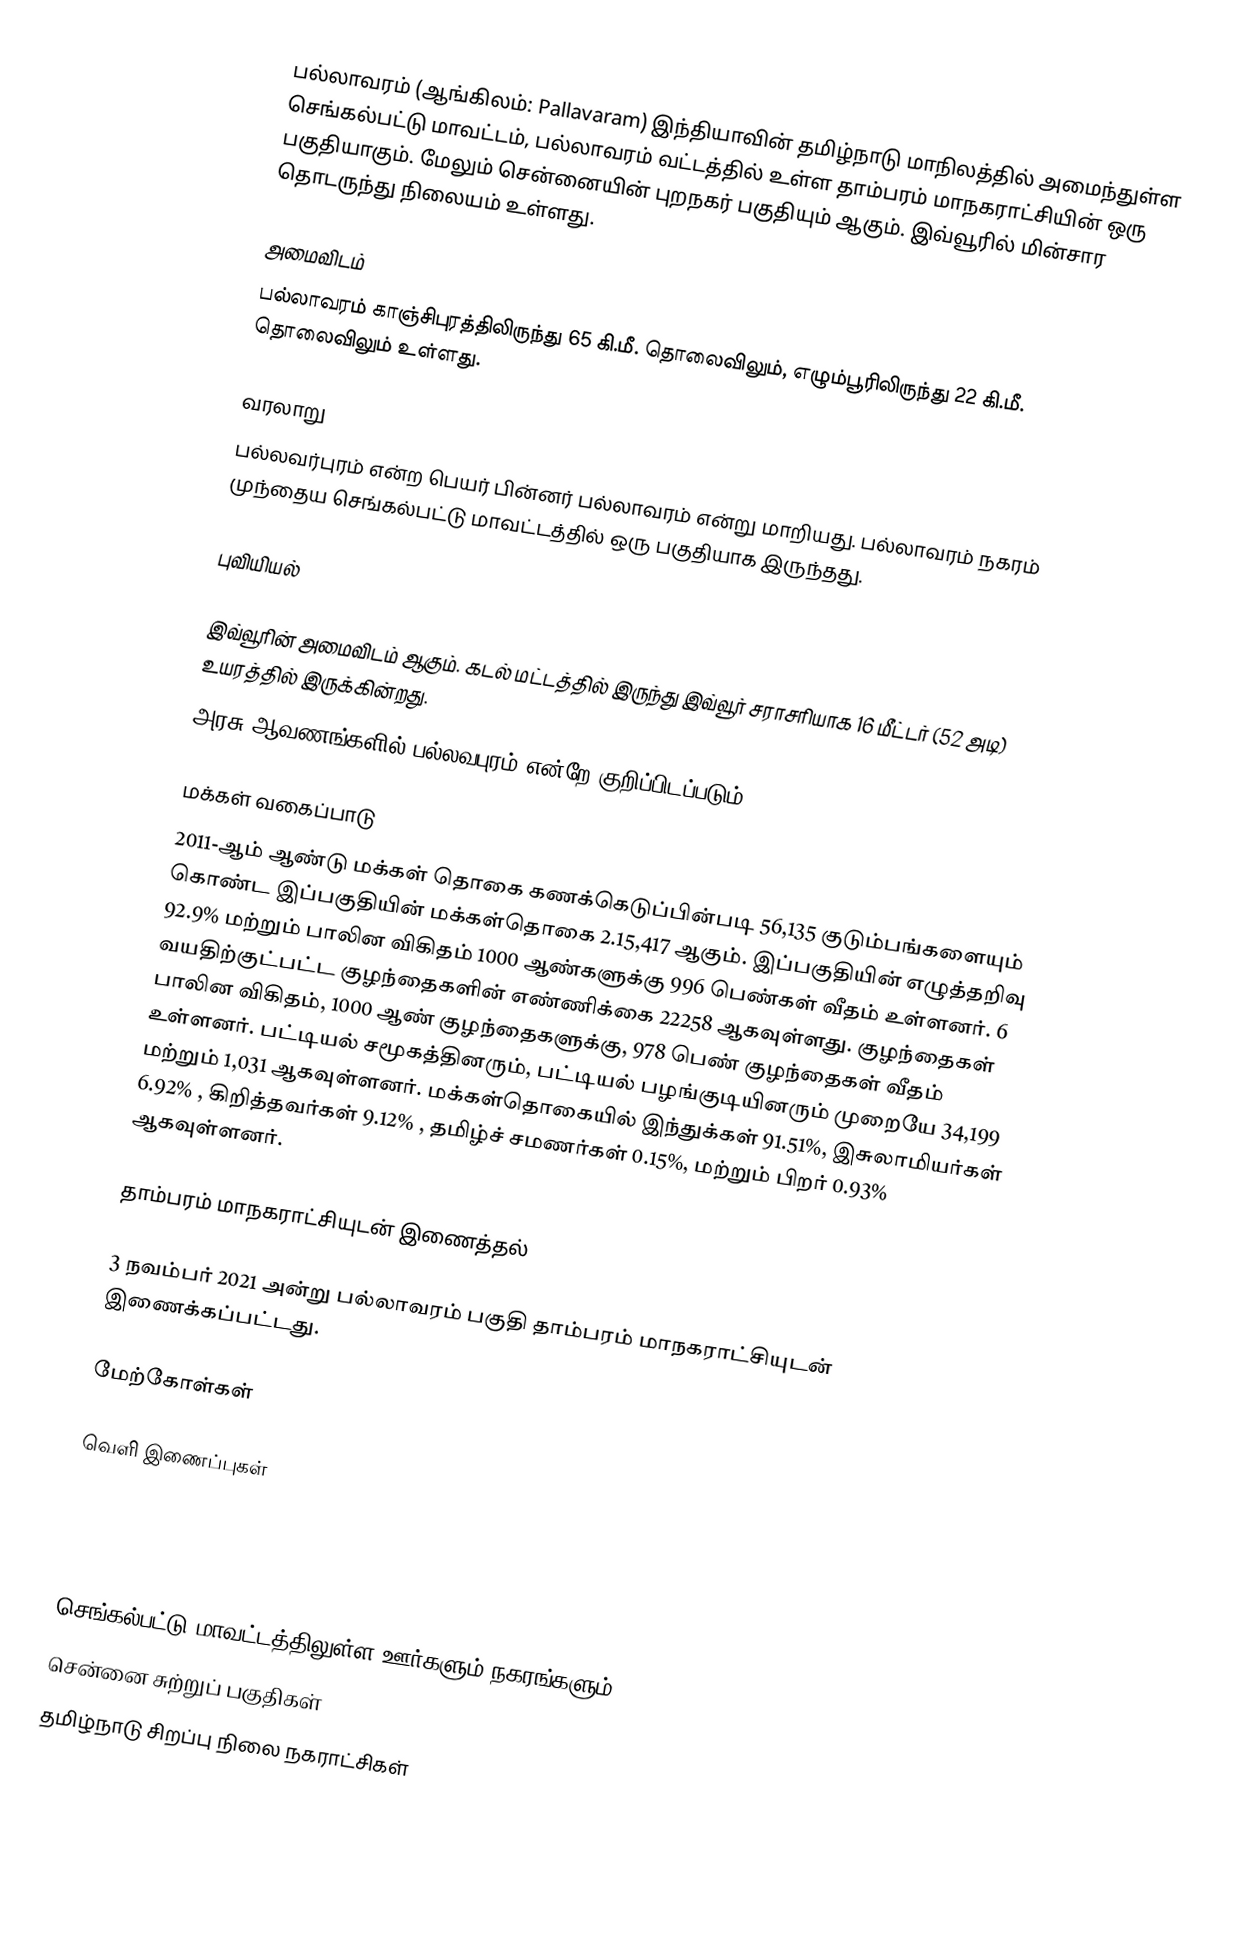
பல்லாவரம் (ஆங்கிலம்: Pallavaram) இந்தியாவின் தமிழ்நாடு மாநிலத்தில் அமைந்துள்ள  செங்கல்பட்டு மாவட்டம், பல்லாவரம் வட்டத்தில் உள்ள தாம்பரம் மாநகராட்சியின் ஒரு பகுதியாகும். மேலும் சென்னையின் புறநகர் பகுதியும் ஆகும். இவ்வூரில் மின்சார தொடருந்து நிலையம் உள்ளது.

அமைவிடம்
பல்லாவரம் காஞ்சிபுரத்திலிருந்து 65 கி.மீ. தொலைவிலும், எழும்பூரிலிருந்து 22 கி.மீ. தொலைவிலும் உள்ளது.

வரலாறு
பல்லவர்புரம் என்ற பெயர் பின்னர் பல்லாவரம் என்று மாறியது. பல்லாவரம் நகரம் முந்தைய செங்கல்பட்டு மாவட்டத்தில் ஒரு பகுதியாக இருந்தது.

புவியியல்

இவ்வூரின் அமைவிடம்  ஆகும். கடல் மட்டத்தில் இருந்து இவ்வூர் சராசரியாக 16 மீட்டர் (52 அடி) உயரத்தில் இருக்கின்றது.
அரசு ஆவணங்களில் பல்லவபுரம் என்றே குறிப்பிடப்படும்.

மக்கள் வகைப்பாடு
2011-ஆம் ஆண்டு மக்கள் தொகை கணக்கெடுப்பின்படி 56,135 குடும்பங்களையும் கொண்ட இப்பகுதியின் மக்கள்தொகை 2.15,417 ஆகும். இப்பகுதியின் எழுத்தறிவு 92.9% மற்றும் பாலின விகிதம் 1000 ஆண்களுக்கு 996 பெண்கள் வீதம் உள்ளனர். 6 வயதிற்குட்பட்ட குழந்தைகளின்  எண்ணிக்கை 22258 ஆகவுள்ளது. குழந்தைகள் பாலின விகிதம், 1000 ஆண் குழந்தைகளுக்கு, 978  பெண் குழந்தைகள் வீதம் உள்ளனர். பட்டியல் சமூகத்தினரும், பட்டியல் பழங்குடியினரும்  முறையே 34,199   மற்றும் 1,031  ஆகவுள்ளனர். மக்கள்தொகையில் இந்துக்கள் 91.51%,  இசுலாமியர்கள் 6.92% , கிறித்தவர்கள் 9.12% , தமிழ்ச் சமணர்கள் 0.15%, மற்றும் பிறர் 0.93% ஆகவுள்ளனர்.

தாம்பரம் மாநகராட்சியுடன் இணைத்தல்

3 நவம்பர் 2021 அன்று பல்லாவரம் பகுதி  தாம்பரம் மாநகராட்சியுடன் இணைக்கப்பட்டது.

மேற்கோள்கள்

வெளி இணைப்புகள்



செங்கல்பட்டு மாவட்டத்திலுள்ள ஊர்களும் நகரங்களும்
சென்னை சுற்றுப் பகுதிகள்
தமிழ்நாடு சிறப்பு நிலை நகராட்சிகள்